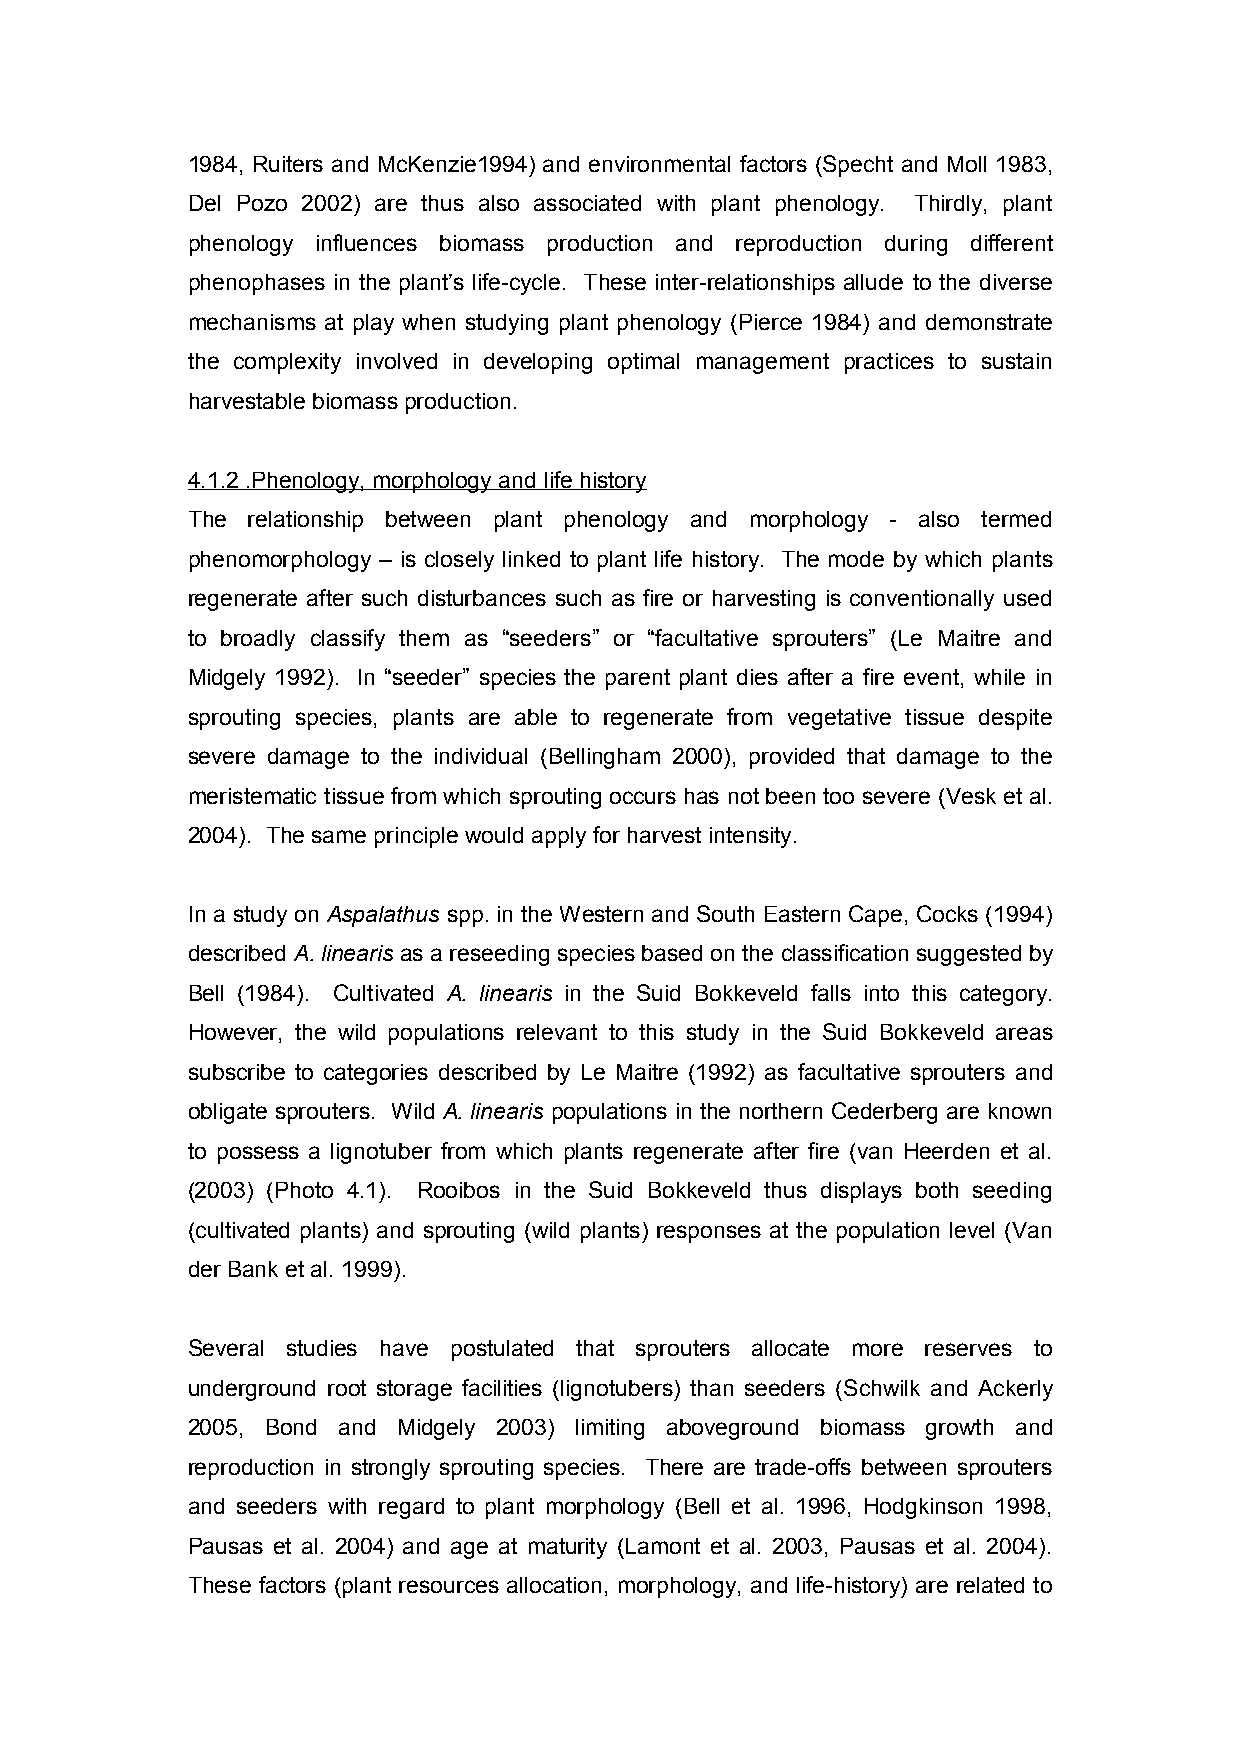
1984, Ruiters and McKenzie1994) and environmental factors (Specht and Moll 1983,
 Del Pozo 2002) are thus also associated with plant phenology. Thirdly, plant
 phenology influences biomass production and reproduction during different
 phenophases in the plant’s life-cycle. These inter-relationships allude to the diverse
 mechanisms at play when studying plant phenology (Pierce 1984) and demonstrate
 the complexity involved in developing optimal management practices to sustain
 harvestable biomass production.
 4.1.2 .Phenology, morphology and life history
 The relationship between plant phenology and morphology - also termed
 phenomorphology – is closely linked to plant life history. The mode by which plants
 regenerate after such disturbances such as fire or harvesting is conventionally used
 to broadly classify them as “seeders” or “facultative sprouters” (Le Maitre and
 Midgely 1992). In “seeder” species the parent plant dies after a fire event, while in
 sprouting species, plants are able to regenerate from vegetative tissue despite
 severe damage to the individual (Bellingham 2000), provided that damage to the
 meristematic tissue from which sprouting occurs has not been too severe (Vesk et al.
 2004). The same principle would apply for harvest intensity.
 In a study on Aspalathus spp. in the Western and South Eastern Cape, Cocks (1994)
 described A. linearis as a reseeding species based on the classification suggested by
 Bell (1984). Cultivated A. linearis in the Suid Bokkeveld falls into this category.
 However, the wild populations relevant to this study in the Suid Bokkeveld areas
 subscribe to categories described by Le Maitre (1992) as facultative sprouters and
 obligate sprouters. Wild A. linearis populations in the northern Cederberg are known
 to possess a lignotuber from which plants regenerate after fire (van Heerden et al.
 (2003) (Photo 4.1). Rooibos in the Suid Bokkeveld thus displays both seeding
 (cultivated plants) and sprouting (wild plants) responses at the population level (Van
 der Bank et al. 1999).
 Several studies have postulated that sprouters allocate more reserves to
 underground root storage facilities (lignotubers) than seeders (Schwilk and Ackerly
 2005, Bond and Midgely 2003) limiting aboveground biomass growth and
 reproduction in strongly sprouting species. There are trade-offs between sprouters
 and seeders with regard to plant morphology (Bell et al. 1996, Hodgkinson 1998,
 Pausas et al. 2004) and age at maturity (Lamont et al. 2003, Pausas et al. 2004).
 These factors (plant resources allocation, morphology, and life-history) are related to
 38